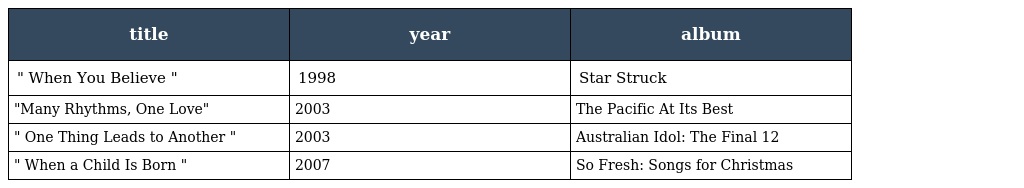
| title | year | album |
 | --- | --- | --- |
 | " When You Believe " | 1998 | Star Struck |
 | "Many Rhythms, One Love" | 2003 | The Pacific At Its Best |
 | " One Thing Leads to Another " | 2003 | Australian Idol: The Final 12 |
 | " When a Child Is Born " | 2007 | So Fresh: Songs for Christmas |